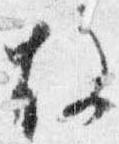
故